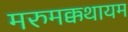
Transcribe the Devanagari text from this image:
मरुमक्कथायम